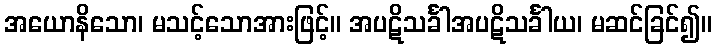
အယောနိသော၊ မသင့်သောအားဖြင့်။ အပဋိသင်္ခါအပဋိသင်္ခါယ၊ မဆင်ခြင်၍။